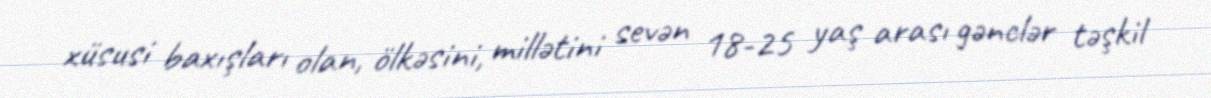
xüsusi baxışları olan, ölkəsini, millətini sevən 18-25 yaş arası gənclər təşkil